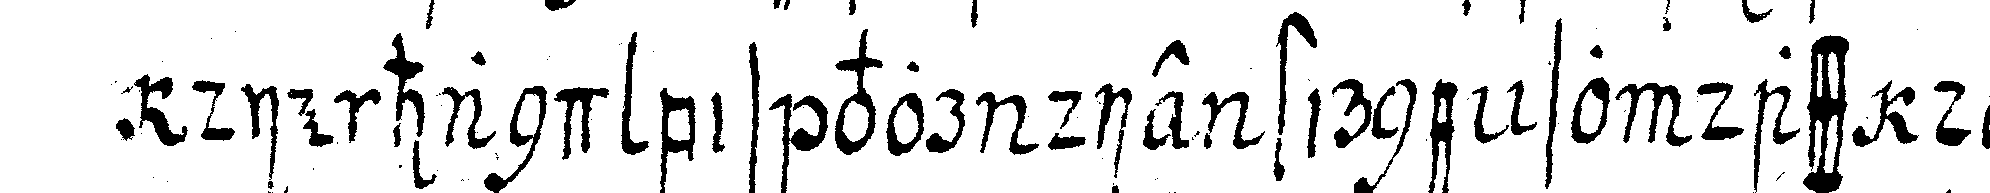
die hand bis vor die stirne so dass der